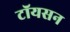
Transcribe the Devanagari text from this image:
टॉयसन